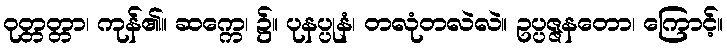
ဝုတ္တတ္တာ၊ ကုန်၏။ ဆက္ကေ၊ ၌။ ပုနပ္ပုနံ၊ တလုံတလဲလဲ။ ဥပ္ပဇ္ဇနတော၊ ကြောင့်။